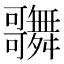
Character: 𪢦